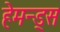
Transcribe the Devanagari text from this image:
हेमन्ड्स